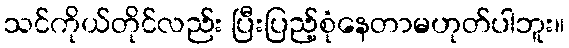
သင်ကိုယ်တိုင်လည်း ပြီးပြည့်စုံနေတာမဟုတ်ပါဘူး။